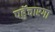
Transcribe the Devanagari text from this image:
पहुॅचाएगा